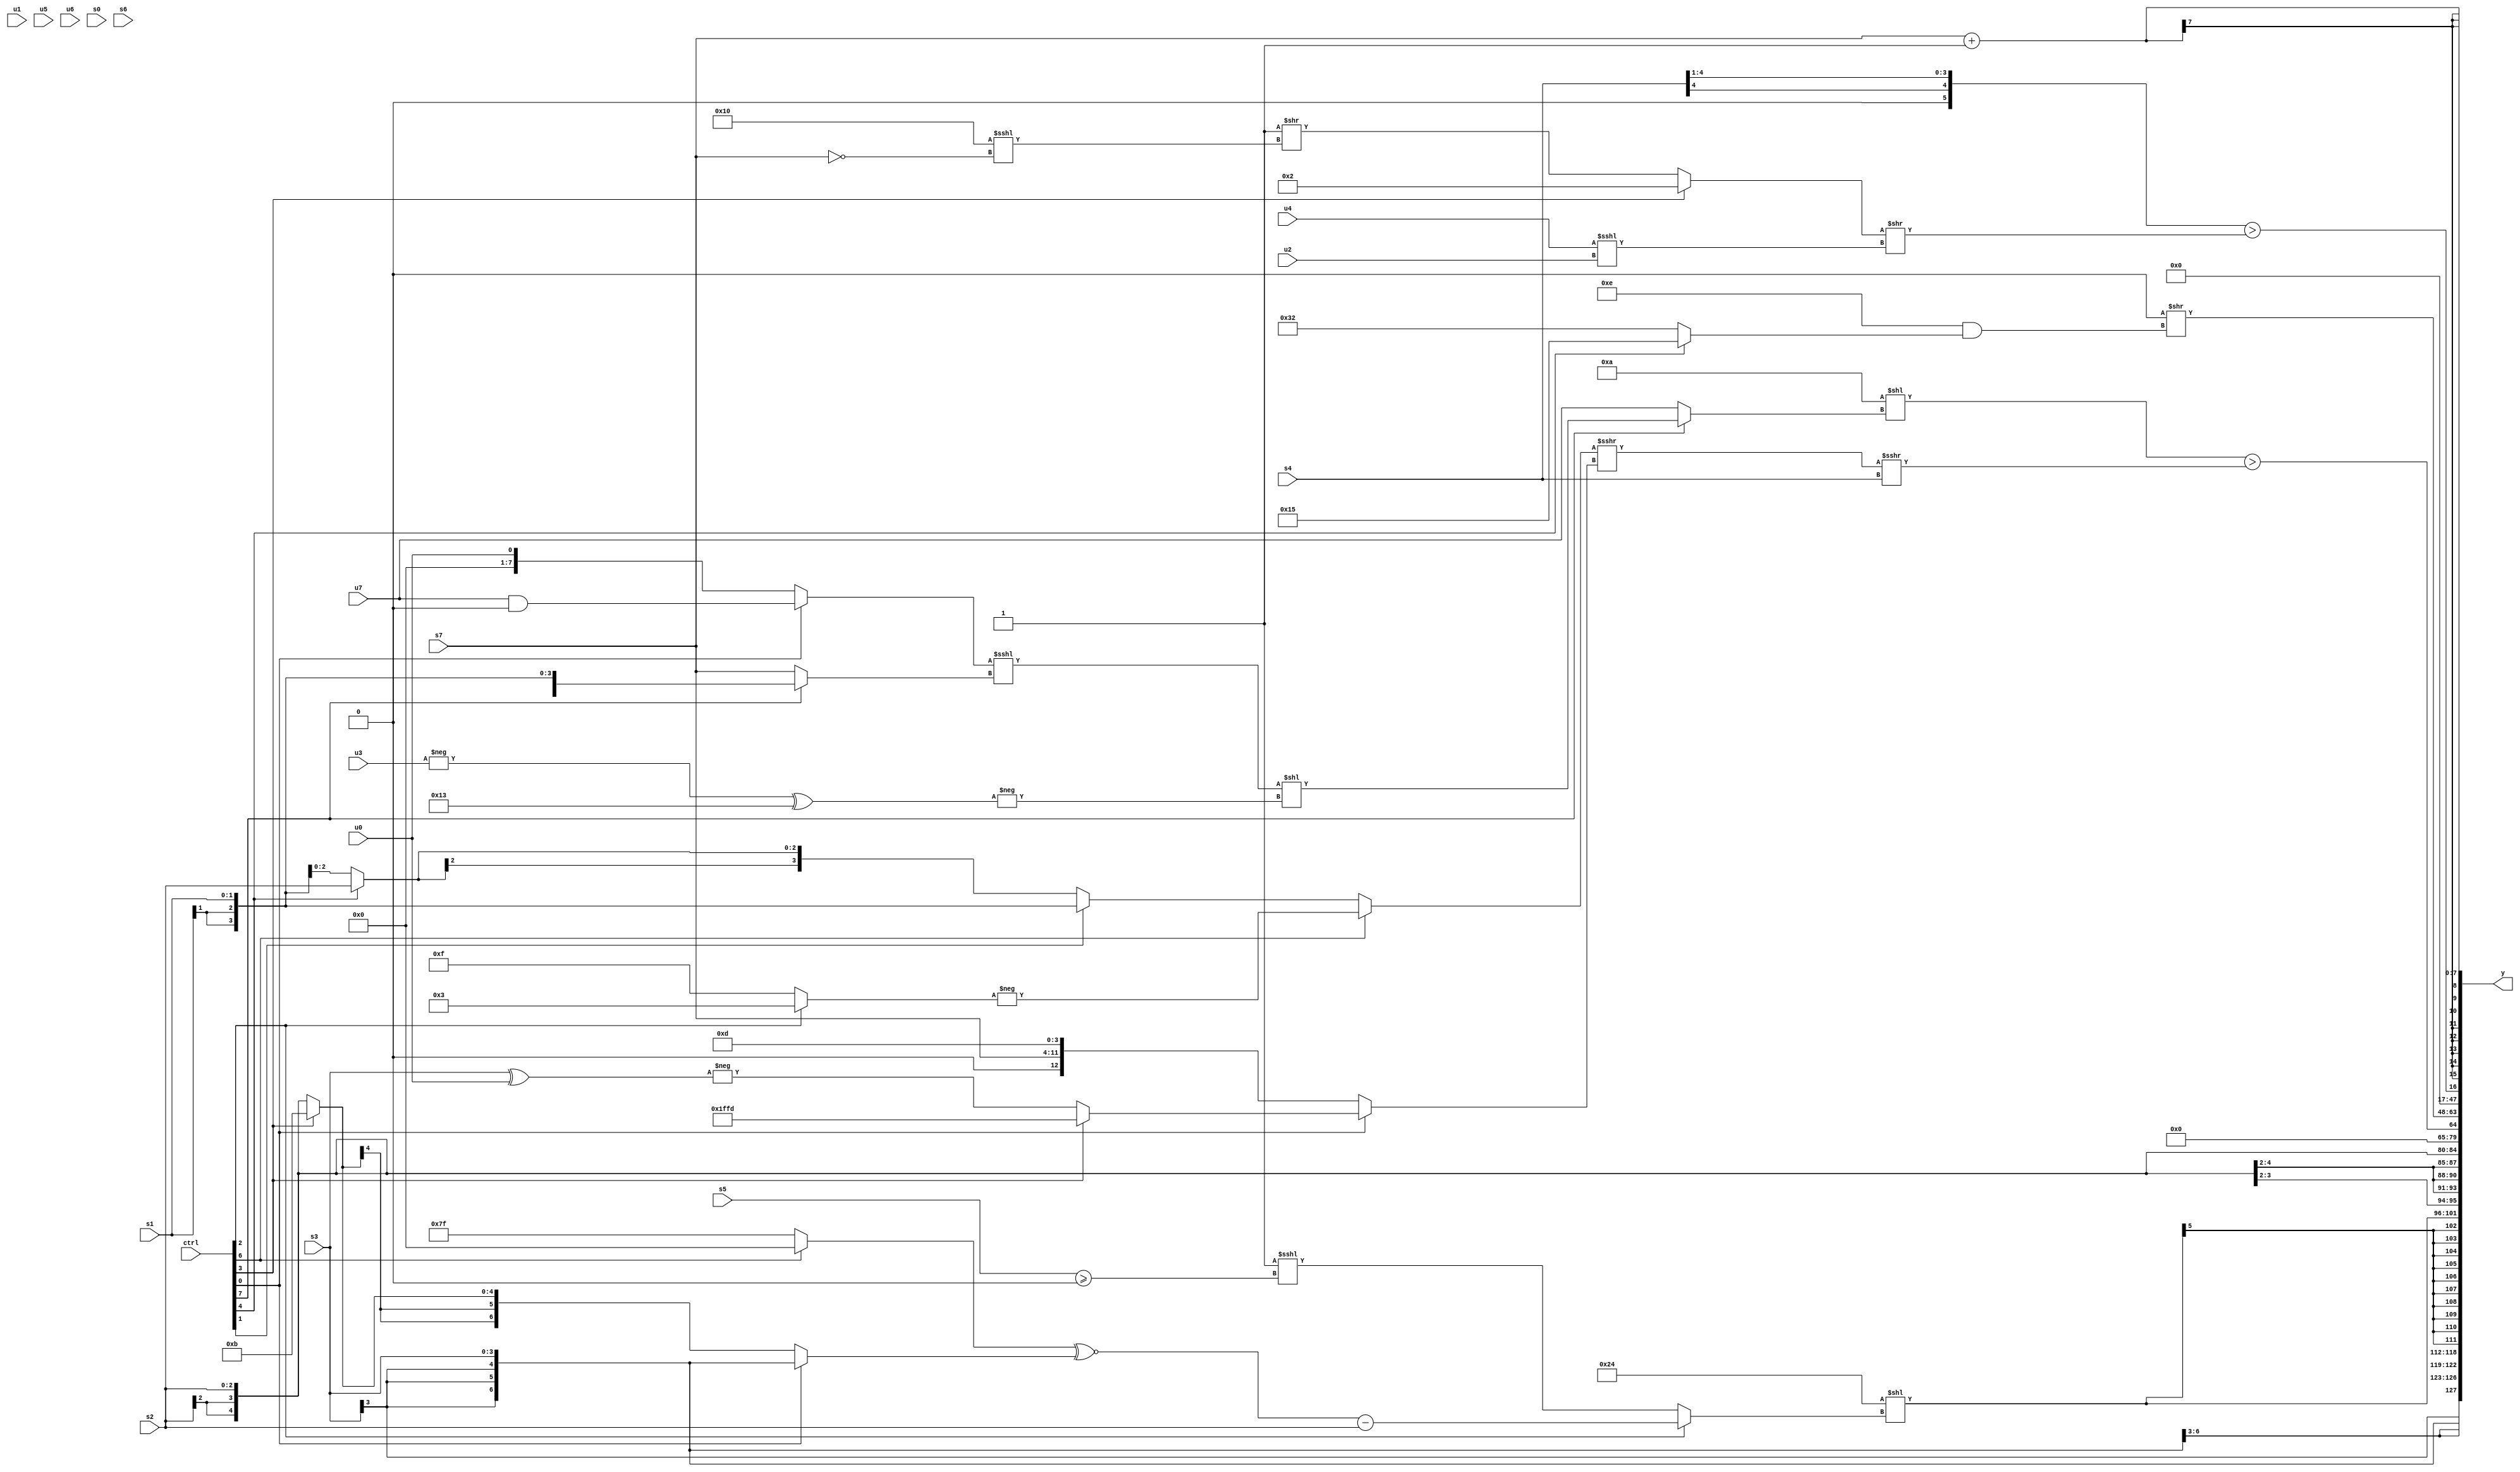
module wideexpr_00766(ctrl, u0, u1, u2, u3, u4, u5, u6, u7, s0, s1, s2, s3, s4, s5, s6, s7, y);
  input [7:0] ctrl;
  input [0:0] u0;
  input [1:0] u1;
  input [2:0] u2;
  input [3:0] u3;
  input [4:0] u4;
  input [5:0] u5;
  input [6:0] u6;
  input [7:0] u7;
  input signed [0:0] s0;
  input signed [1:0] s1;
  input signed [2:0] s2;
  input signed [3:0] s3;
  input signed [4:0] s4;
  input signed [5:0] s5;
  input signed [6:0] s6;
  input signed [7:0] s7;
  output [127:0] y;
  wire [15:0] y0;
  wire [15:0] y1;
  wire [15:0] y2;
  wire [15:0] y3;
  wire [15:0] y4;
  wire [15:0] y5;
  wire [15:0] y6;
  wire [15:0] y7;
  assign y = {y0,y1,y2,y3,y4,y5,y6,y7};
  assign y0 = +(s3);
  assign y1 = $signed((6'sb100100)<<((ctrl[2]?(((ctrl[6]?(s6)<<<(6'sb110000):(3'sb111)<<<(4'b0000)))^~((ctrl[0]?s3:(ctrl[3]?5'sb01011:s2))))-(s2):($signed(^(2'b10)))<<<((s5)>=((s5)>>(~(5'sb00010)))))));
  assign y2 = s2;
  assign y3 = ($signed((+(4'sb1010))<<((ctrl[7]?(((ctrl[0]?(u7)&(2'sb00):u0))<<<($signed((ctrl[7]?s1:s7))))<<(-((-(u3))^(+(5'b10011)))):u7))))>(($signed((+((ctrl[6]?-((ctrl[2]?4'sb0011:1'sb1)):(ctrl[1]?$signed(s1):(ctrl[4]?s2:s1)))))>>>((ctrl[0]?(ctrl[3]?-((ctrl[1]?2'b11:4'b0011)):-((s3)^(u0))):$signed(+({1'sb0,s7,4'sb1101}))))))>>>(+(+(s4))));
  assign y4 = (1'sb0)>>((5'sb01110)&((ctrl[4]?(+(5'sb00001))|((6'sb011001)^~(6'sb110011)):(5'sb10010)+(3'sb000))));
  assign y5 = (+(~|((ctrl[7]?{s1,u1,u1,s5}:4'b0010))))&(+((3'sb011)>>>(2'sb10)));
  assign y6 = ((s4)>>(1'sb1))>($signed(((ctrl[3]?4'sb0010:(6'sb111111)>>($signed((5'sb10000)<<<(~(s7))))))>>((u4)<<<(u2))));
  assign y7 = $signed((s7)+(2'sb11));
endmodule